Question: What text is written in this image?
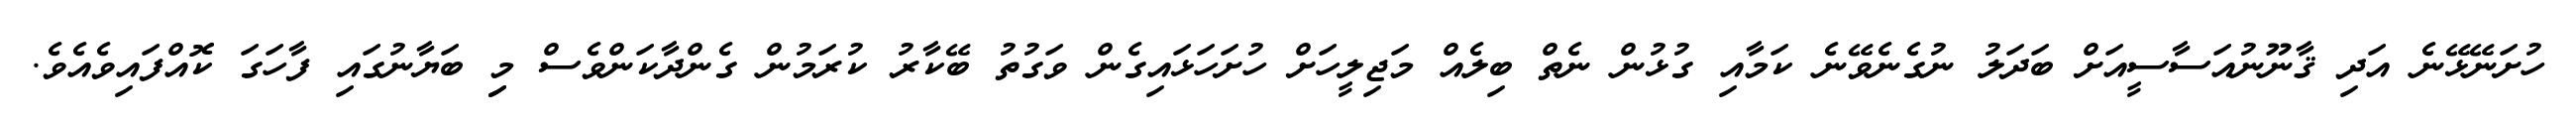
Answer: ހުށަނޭޅޭނެ އަދި ޤާނޫނުއަސާސީއަށް ބަދަލު ނުގެނެވޭނެ ކަމާއި ގުޅުން ނެތް ބިލެއް މަޖިލީހަށް ހުށަހަޅައިގެން ވަގުތު ބޭކާރު ކުރަމުން ގެންދާކަންވެސް މިި ބަޔާނުގައި ފާހަގަ ކޮއްފައިވެއެވެ.